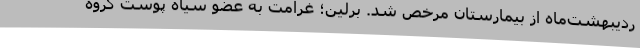
ردیبهشت‌ماه از بیمارستان مرخص شد. برلین؛ غرامت به عضو سیاه پوست گروه